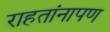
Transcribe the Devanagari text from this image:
राहतांनापण